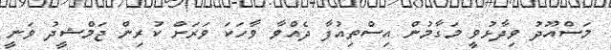
މަސްއޫދު ވިދާޅުވީ މަގާމުން އިސްތިއުފާ ދެއްވާ ވާހަކަ ވަރަށް ކުރިން ޖަމްޝީދު ވަނީ